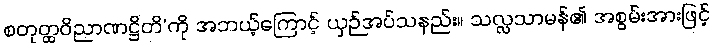
စတုတ္ထဝိညာဏဋ္ဌိတိ’ကို အဘယ့်ကြောင့် ယှဉ်အပ်သနည်း။ သလ္လသာမန်၏ အစွမ်းအားဖြင့်